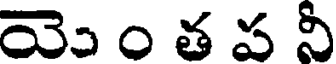
యెు ం త ప నీ